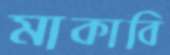
মাকাবি